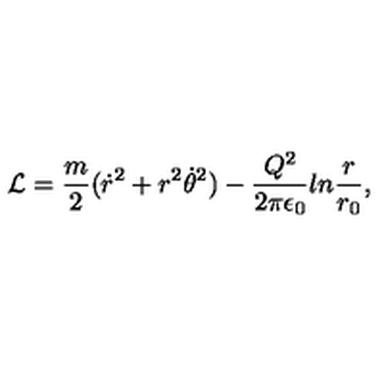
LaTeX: { \cal L } = { \frac { m } { 2 } } ( \dot { r } ^ { 2 } + r ^ { 2 } \dot { \theta } ^ { 2 } ) - { \frac { Q ^ { 2 } } { 2 \pi \epsilon _ { 0 } } } l n { \frac { r } { r _ { 0 } } } ,